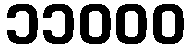
၁၁၀၀၀